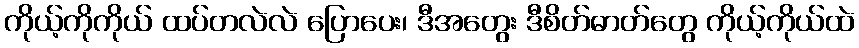
ကိုယ့်ကိုကိုယ် ထပ်တလဲလဲ ပြောပေး၊ ဒီအတွေး ဒီစိတ်ဓာတ်တွေ ကိုယ့်ကိုယ်ထဲ